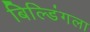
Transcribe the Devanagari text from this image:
बिल्डिंगला